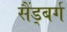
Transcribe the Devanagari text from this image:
सैंड्बर्ग